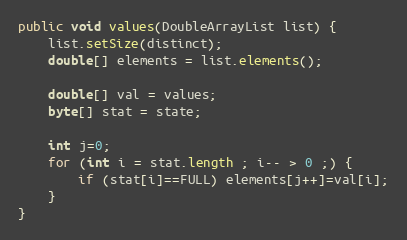
Language: Java
public void values(DoubleArrayList list) {
	list.setSize(distinct);
	double[] elements = list.elements();

	double[] val = values;
	byte[] stat = state;

	int j=0;
	for (int i = stat.length ; i-- > 0 ;) {
		if (stat[i]==FULL) elements[j++]=val[i];
	}
}